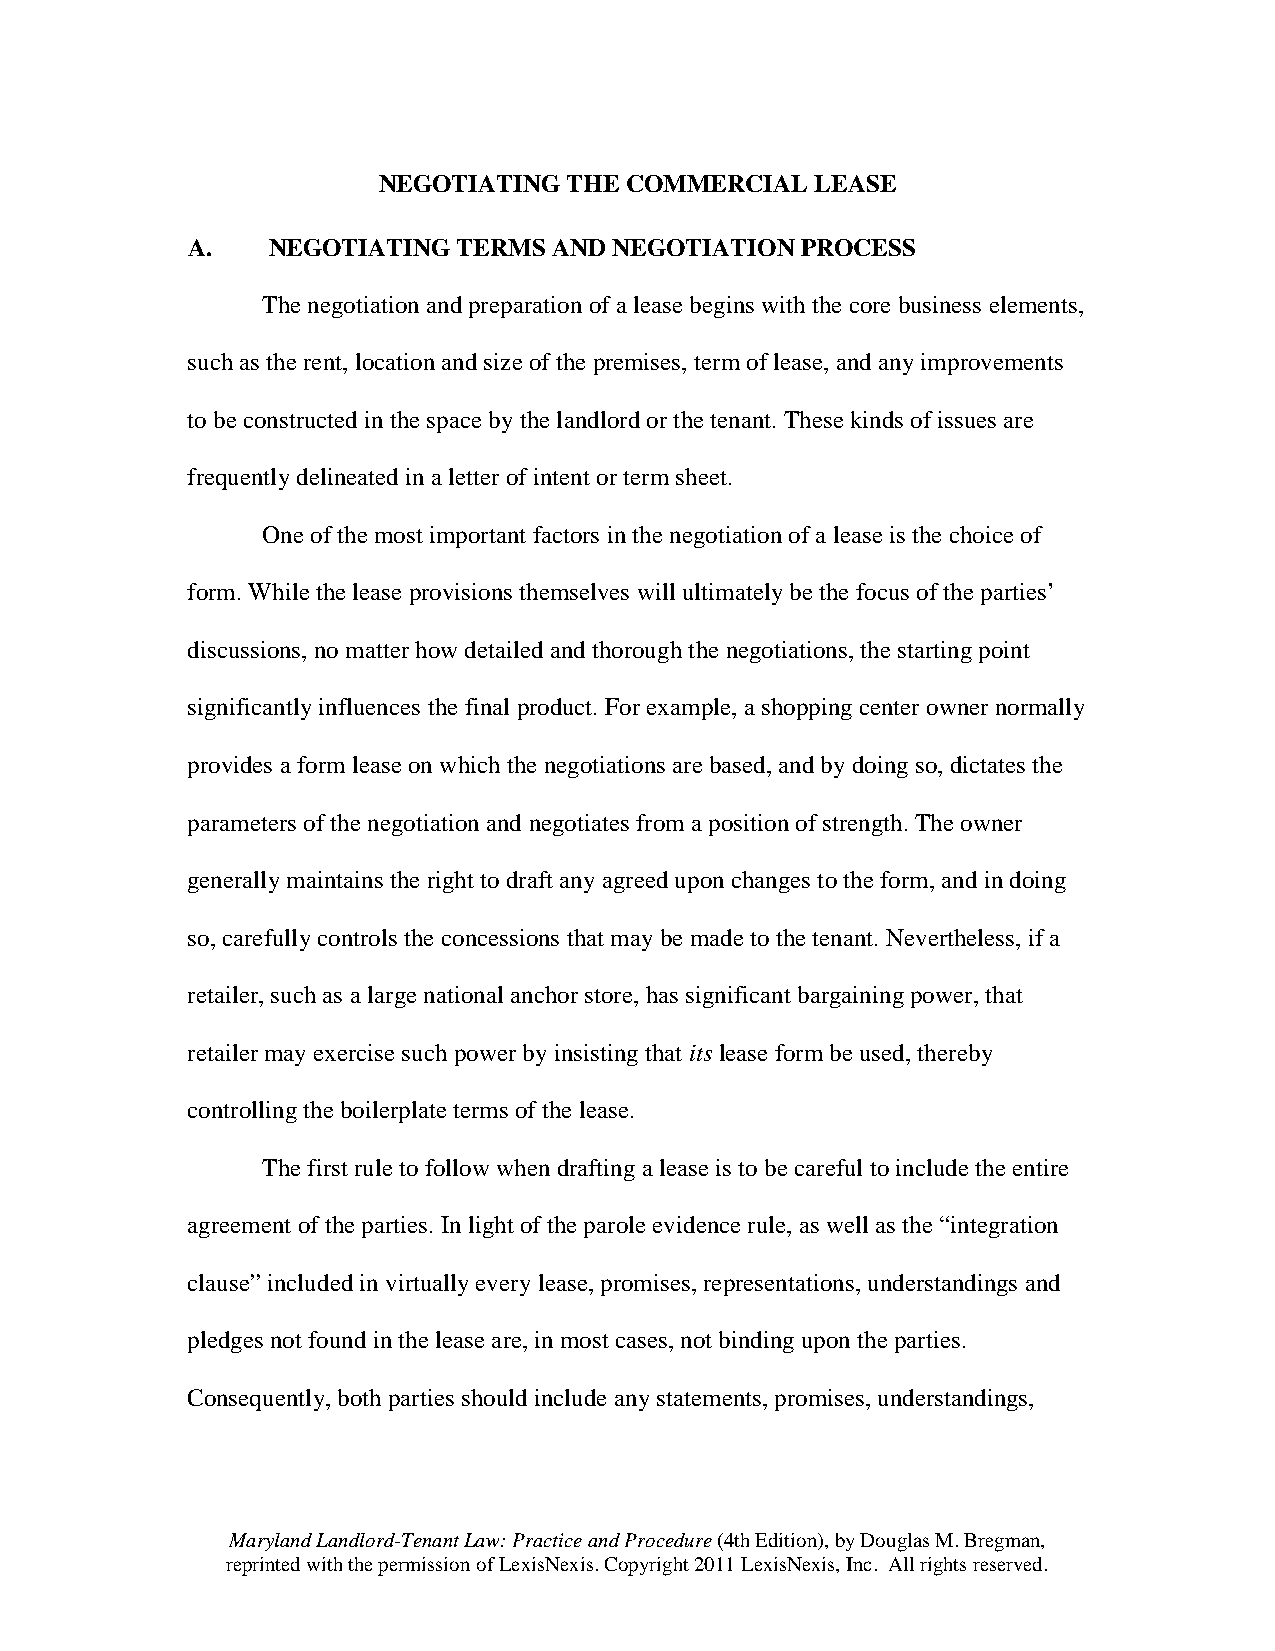
NEGOTIATING  THE COMMERCIAL  LEASE
 A.    NEGOTIATING TERMS  AND NEGOTIATION PROCESS
 The negotiation and preparation of a lease begins with the core business elements,
 such as the rent, location and size of the premises, term of lease, and any improvements
 to be constructed in the space by the landlord or the tenant. These kinds of issues are
 frequently delineated in a letter of intent or term sheet.
 One of the most important factors in the negotiation of a lease is the choice of
 form. While the lease provisions themselves will ultimately be the focus of the parties’
 discussions, no matter how detailed and thorough the negotiations, the starting point
 significantly influences the final product. For example, a shopping center owner normally
 provides a form lease on which the negotiations are based, and by doing so, dictates the
 parameters of the negotiation and negotiates from a position of strength. The owner
 generally maintains the right to draft any agreed upon changes to the form, and in doing
 so, carefully controls the concessions that may be made to the tenant. Nevertheless, if a
 retailer, such as a large national anchor store, has significant bargaining power, that
 retailer may exercise such power by insisting that its lease form be used, thereby
 controlling the boilerplate terms of the lease.
 The first rule to follow when drafting a lease is to be careful to include the entire
 agreement of the parties. In light of the parole evidence rule, as well as the “integration
 clause” included in virtually every lease, promises, representations, understandings and
 pledges not found in the lease are, in most cases, not binding upon the parties.
 Consequently, both parties should include any statements, promises, understandings,
 Maryland Landlord-Tenant Law: Practice and Procedure (4th Edition), by Douglas M. Bregman,
 reprinted with the permission of LexisNexis. Copyright 2011 LexisNexis, Inc. All rights reserved.